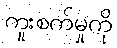
ကူးစက်မှုကို